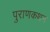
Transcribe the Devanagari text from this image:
पुराणकथन